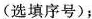
(选填序号)；